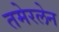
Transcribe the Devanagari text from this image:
तमेरलेन